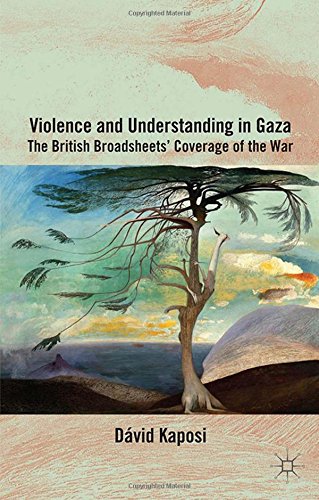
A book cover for Violence and Understanding in Gaza: The British Broadsheets' Coverage of the War; DÃ¡vid Kaposi; History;